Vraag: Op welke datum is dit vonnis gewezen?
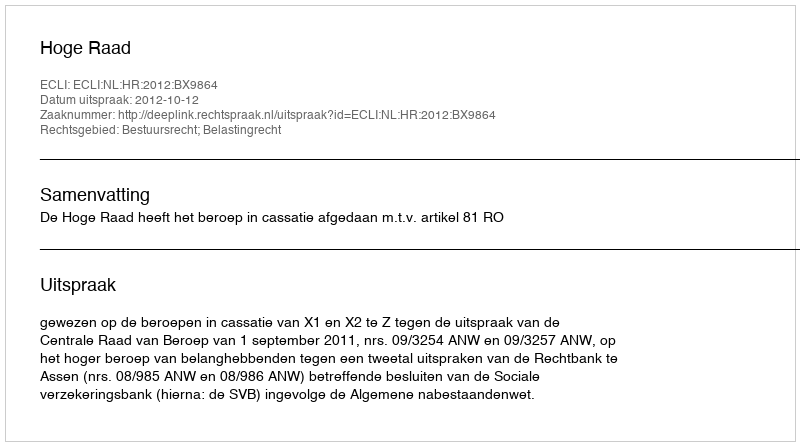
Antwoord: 2012-10-12